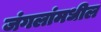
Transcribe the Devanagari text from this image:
जंगलांमधील